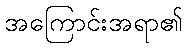
အကြောင်းအရာ၏